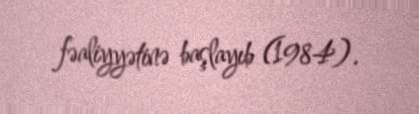
fəaliyyətinə başlayıb (1984).